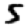
Digit: 5